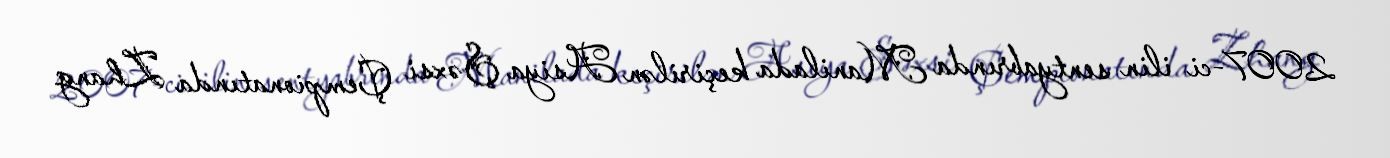
2007-ci ilin sentyabrında Manilada keçirilən Asiya Şəxsi Çempionatında Zhang